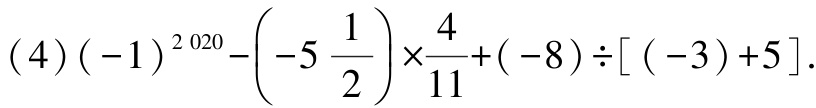
\((4)(-1)^{2020}-\left(-5\frac{1}{2}\right)\times\frac{4}{11}+(-8)\div[(-3)+5].\)